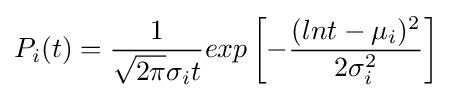
P_{i}(t)={\frac {1}{{\sqrt {2\pi }}\sigma _{i}t}}exp\left\lbrack -{\frac {(lnt-\mu _{i})^{2}}{2\sigma _{i}^{2}}}\right\rbrack